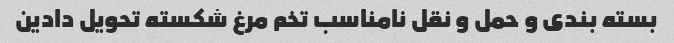
بسته بندی و حمل و نقل نامناسب تخم مرغ شکسته تحویل دادین